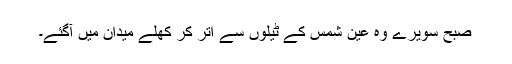
صبح سویرے وہ عین شمس کے ٹیلوں سے اتر کر کھلے میدان میں آگئے۔